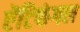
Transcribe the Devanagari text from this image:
ऐंटिफंगल